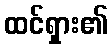
ထင်ရှား၏